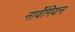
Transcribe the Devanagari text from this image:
नार्वेगियन